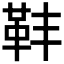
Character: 𩉧